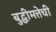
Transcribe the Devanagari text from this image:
बुद्धीमत्तेची